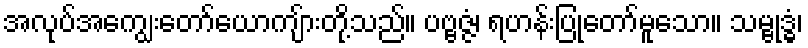
အလုပ်အကျွေးတော်ယောကျ်ားတို့သည်။ ပဗ္ဗဇ္ဇံ၊ ရဟန်းပြုတော်မူသော။ သမ္ဗုဒ္ဓံ၊